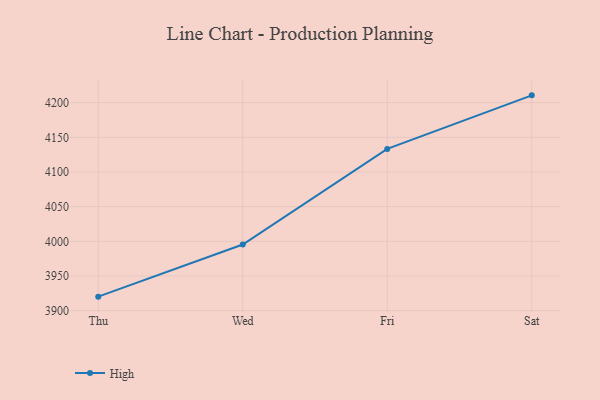
{"axis": {"x": "Day", "y": "Conversion Rate (%)"}, "legend": ["High"], "data": [{"x": "Thu", "y": 3920.2, "type": "High"}, {"x": "Wed", "y": 3995.4, "type": "High"}, {"x": "Fri", "y": 4133.3, "type": "High"}, {"x": "Sat", "y": 4210.5, "type": "High"}]}